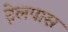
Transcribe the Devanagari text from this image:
ट्रेलपास